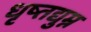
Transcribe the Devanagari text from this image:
धृष्तद्युम्न